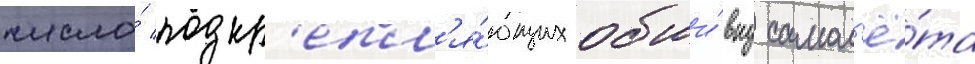
число́ подкр'епл'я́ющих обши́вку самол'ё́та